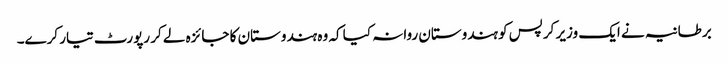
برطانیہ نے ایک وزیر کرپس کو ہندوستان روانہ کیا کہ وہ ہندوستان کا جائزہ لے کر رپورٹ تیار کرے۔